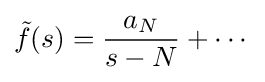
{\tilde {f}}(s)={\frac {a_{N}}{s-N}}+\cdots